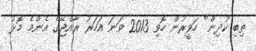
ތިބި ކުދިން" ހަވީރުން ހޮވި 2013 ވަނަ އަހަރު ރާއްޖޭގެ އެންމެ މޮޅު